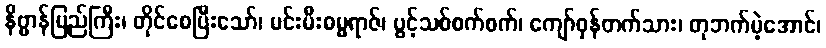
နိဗ္ဗာန်ပြည်ကြီး၊ တိုင်စေပြီးသော်၊ မင်းမီးဓမ္မရာဇ်၊ ပွင့်သစ်စက်စက်၊ ကျော်ဝှန်တက်သား၊ တုဘက်မဲ့အောင်၊